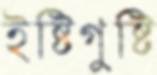
ইষ্টিগুষ্টি